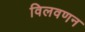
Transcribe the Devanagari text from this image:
विलवणन